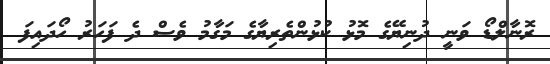
ރޮނާލްޑޯ ވަނީ ދުނިޔޭގެ މޮޅު ކުޅުންތެރިޔާގެ މަގާމު ވެސް ދެ ފަހަރު ހޯދައިފަ